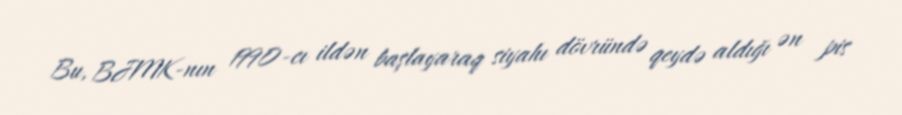
Bu, BJMK-nın 1990-cı ildən başlayaraq siyahı dövründə qeydə aldığı ən pis